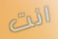
انت